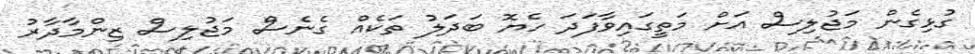
ގުޅިގެން މަޖުލިސް އަށް މަތީގައިވާފަދަ ހެޔޮ ބަދަލު ތަކެއް ގެނެސް މަޖުލިސް ޒިންމާދާރު